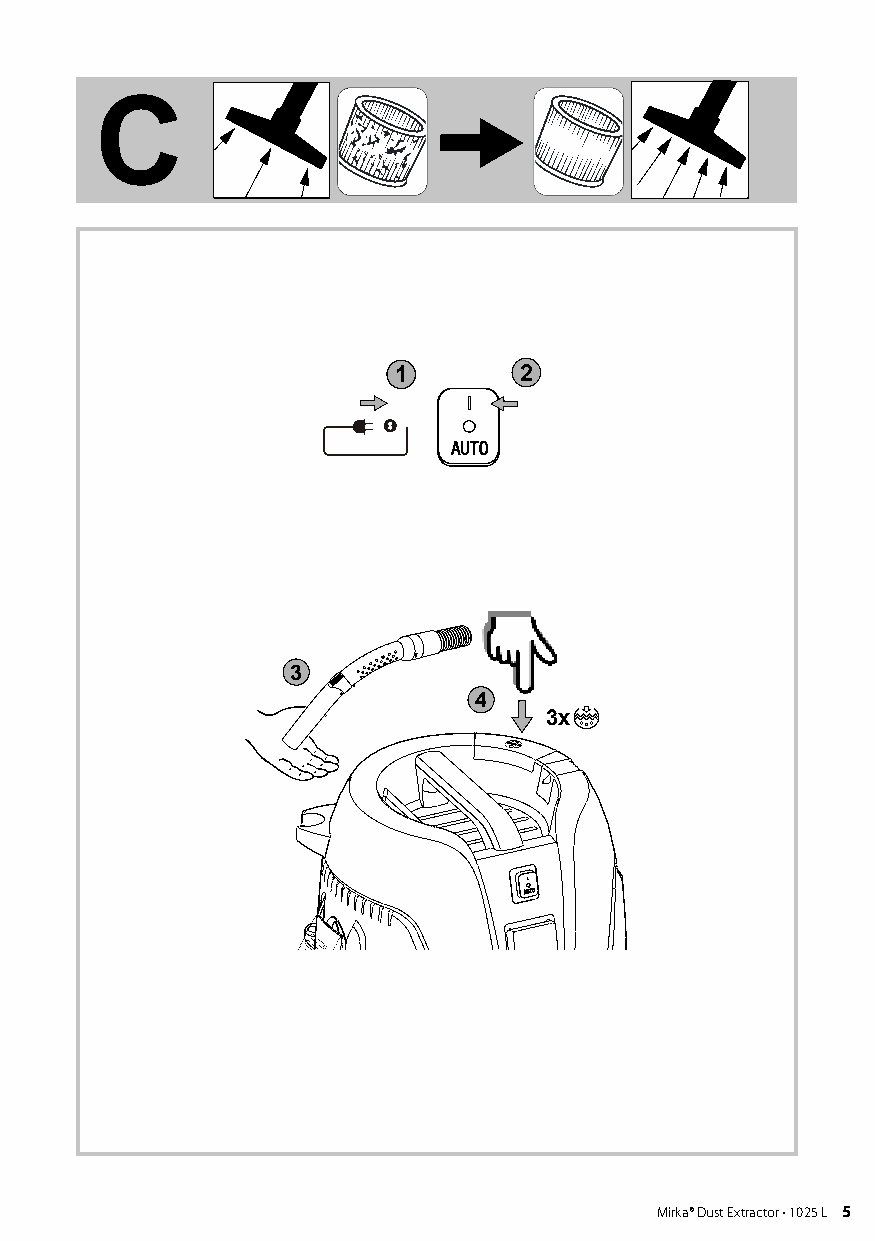
Mirka 1225
 C
 1       2
 3
 4
 3x
 4 Mirka®Dust Extractor • 1025 L            Mirka® Dust Extractor • 5 1025 L 5